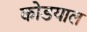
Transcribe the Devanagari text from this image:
कोडयाल